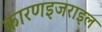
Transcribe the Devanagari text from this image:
कारणइजराइल